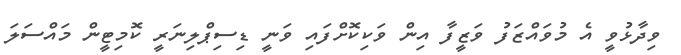
ވިދާޅުވީ އެ މުވައްޒަފު ވަޒީފާ އިން ވަކިކޮށްފައި ވަނީ ޑިސިޕްލިނަރީ ކޮމިޓީން މައްސަލަ